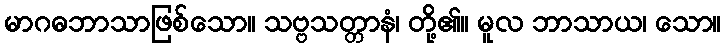
မာဂဓဘာသာဖြစ်သော။ သဗ္ဗသတ္တာနံ၊ တို့၏။ မူလ ဘာသာယ၊ သော။